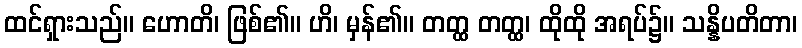
ထင်ရှားသည်။ ဟောတိ၊ ဖြစ်၏။ ဟိ၊ မှန်၏။ တတ္ထ တတ္ထ၊ ထိုထို အရပ်၌။ သန္နိပတိတာ၊